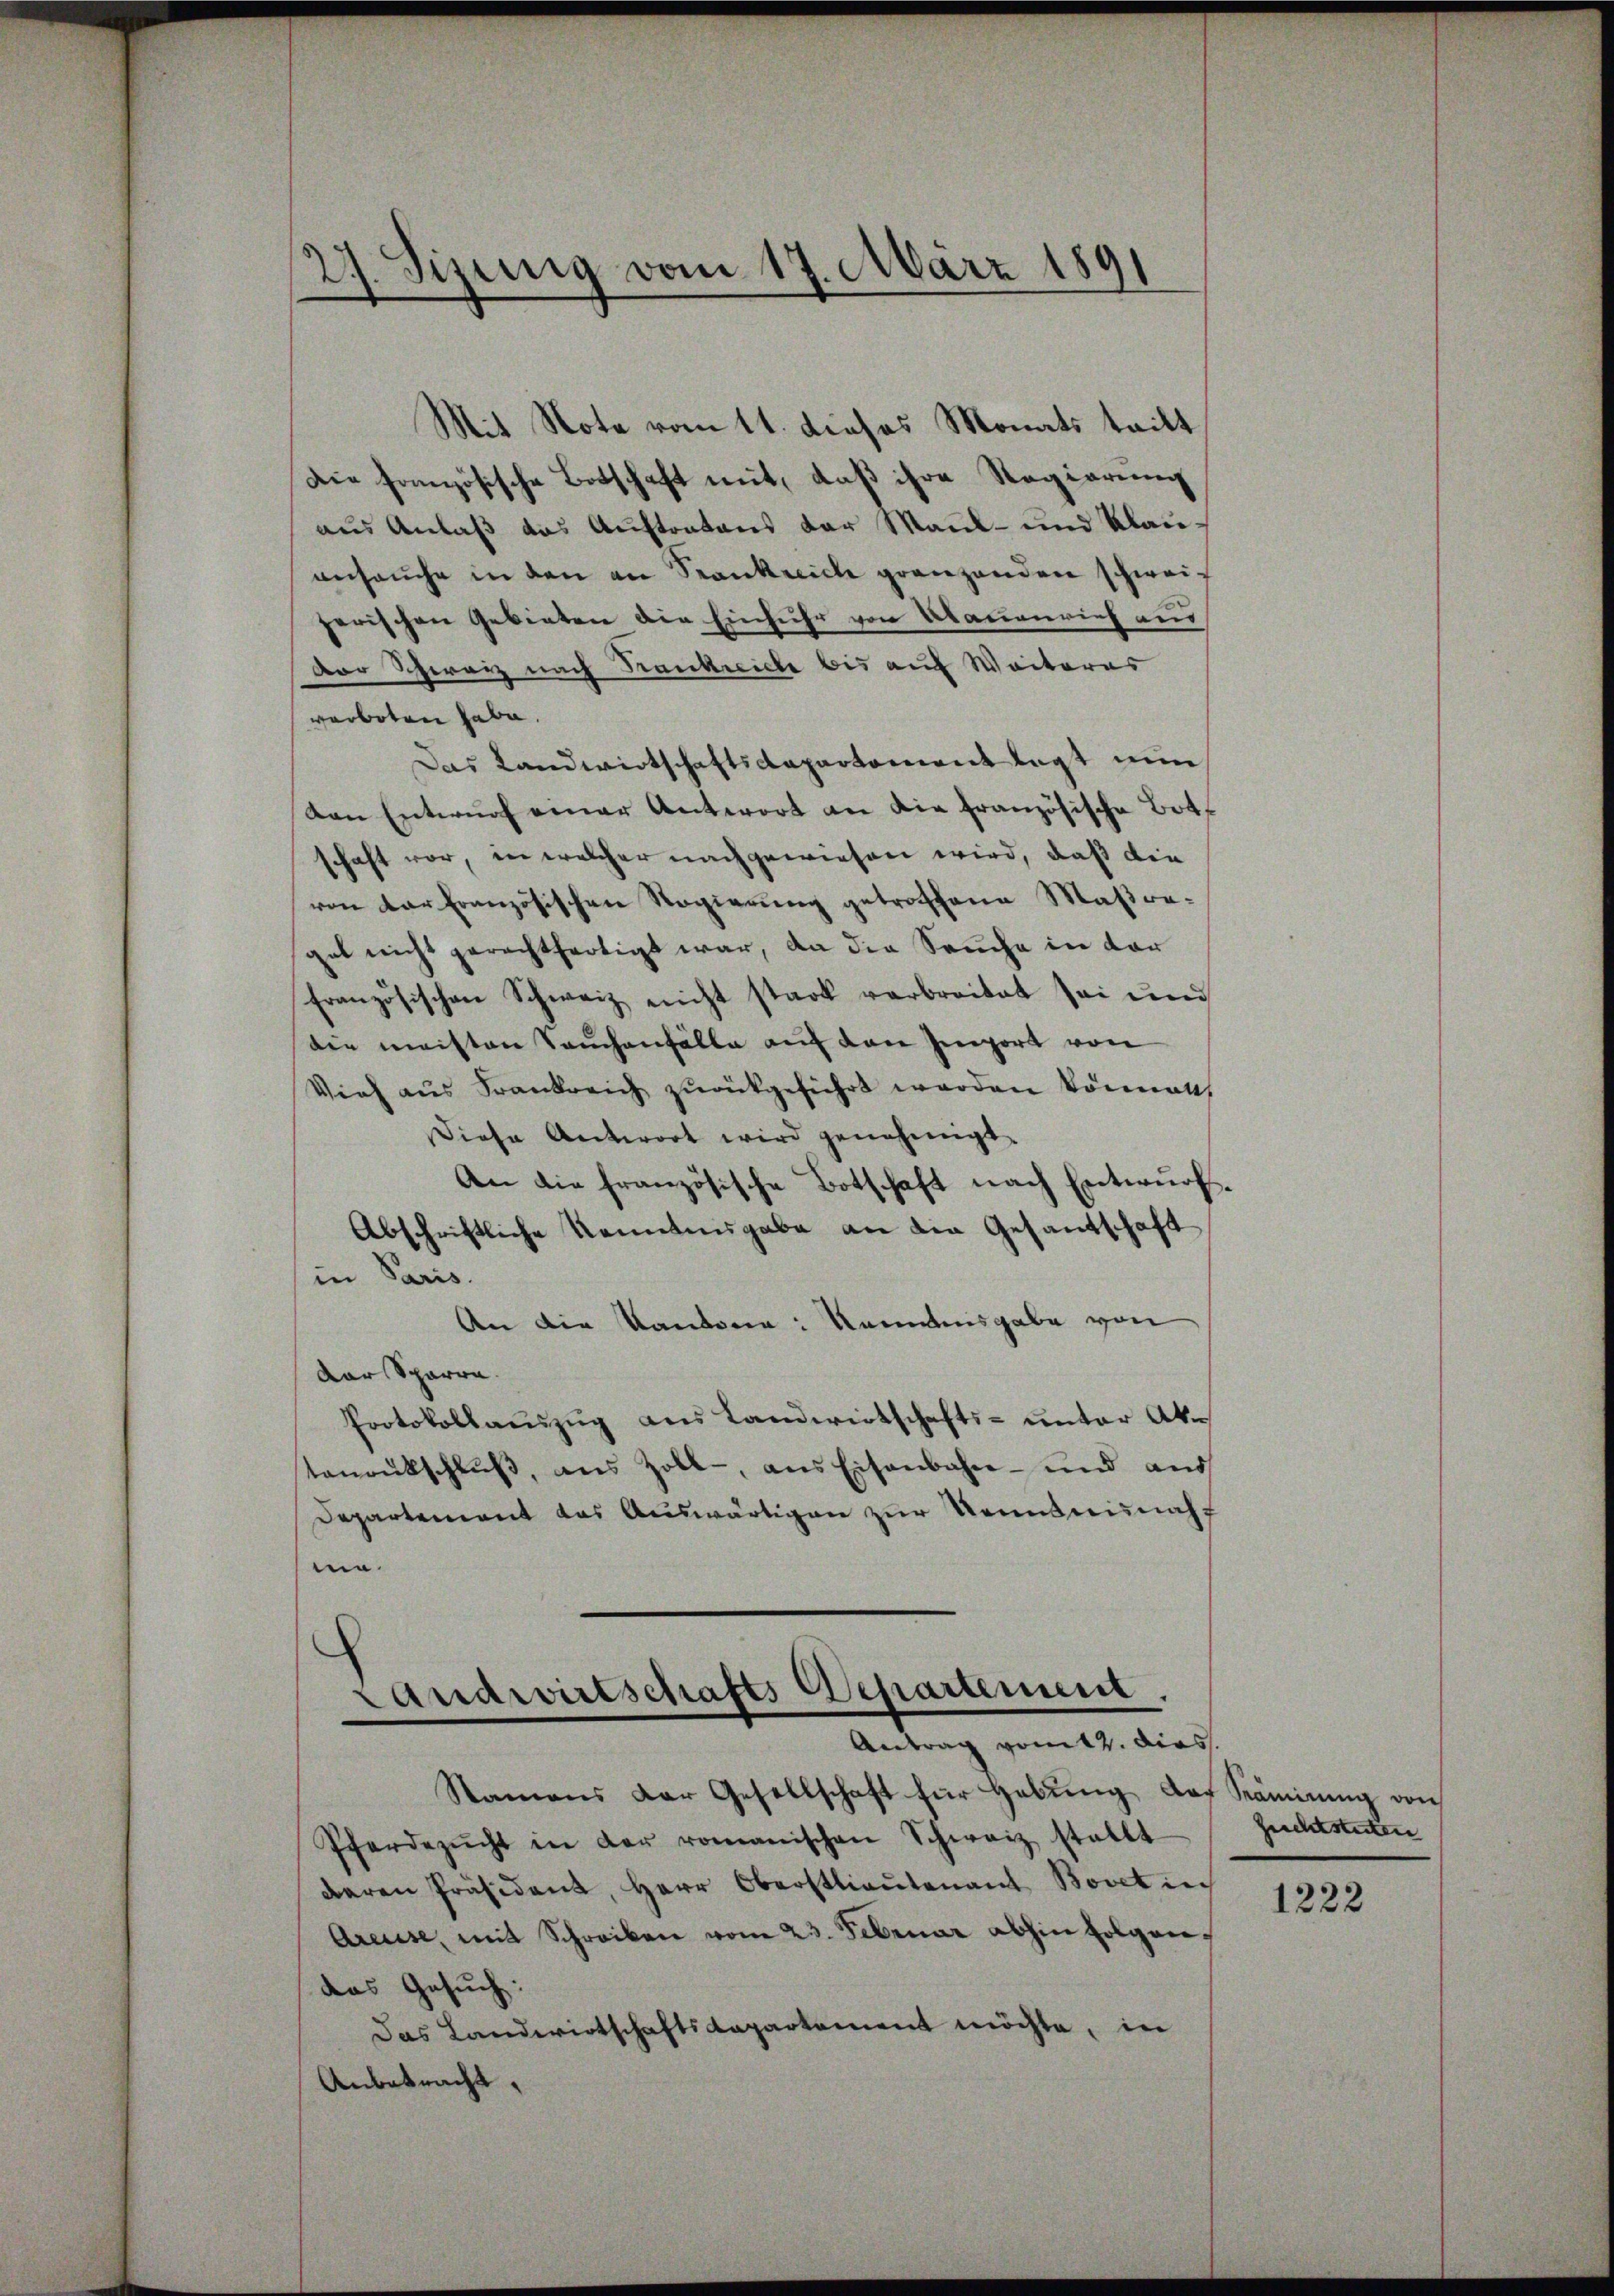
27. Sizung vom 17. März 1891

Mit Note vom 11. dieses Monats teilt
Die französische Botschaft mit, daß ihre Regierung
aus Anlaß das Austratens der Maul- und Klauansache in den an Srankreich grenzenden schweizerischen Gebieten die Einfuhr von Abauenrief aus
Dor Schweiz nach Frankreiche bis auf Weiteres
verboten habe.
Das Landwirtschaftsdepartement legt nun
von Entwŭrf einer Antwort an die französische Bot
schaft vor, in welcher nachgewiesen wird, daß die
von der französischen Regierŭng getroffene Maßregel nicht gerechtfertigt war, an die Seuche in der
französischen Schweiz nicht stark verbreitet sei und
die meisten Sachenfälle auf den Import von
Vieh aus Frankreich zurückgeführt werden könnett,
Diese Antwort wird genehmigt.
An die französische Botschaft nach Entwurfs
Abschriftliche Kenntnisgabe an die Gesantschaft
in Paris.
An die Kantone: Romanisgabe von
Dar Sparre
Protokollauszug aus Landwirtschafts- unter Aktenrütschlŭβ, aus Zoll, ans Eisenbahn- und aus
Departement das Auswärtigen zur Kenntnisnahf
n

Landwirtschafts Departement.
Antrag vom 12. dies

Stammens der Gesellschaft für Hebŭng der Samirŭng von
Pferdezŭcht in der romanischen Schweiz stellt
daren Präsident, Herr Oberstlieutenant Bovet in
Areuse, mit Schreiben vom 23. Februar abhin folgendas Gesuch:
Das Landwirtschaftsdepartement möchte, in
Anbetracht,

Zuchtsteten

1222